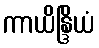
ကာယိန္ဒြိယံ